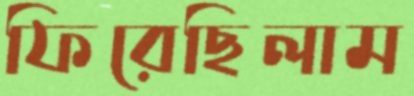
ফিরেছিলাম